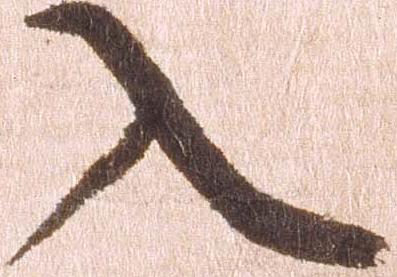
入